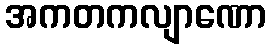
အကတကလျာဏော